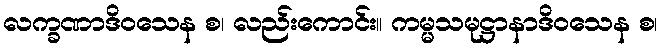
လက္ခဏာဒိဝသေန စ၊ လည်းကောင်း။ ကမ္မသမုဋ္ဌာနာဒိဝသေန စ၊